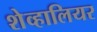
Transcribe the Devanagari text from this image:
शेव्हालियर